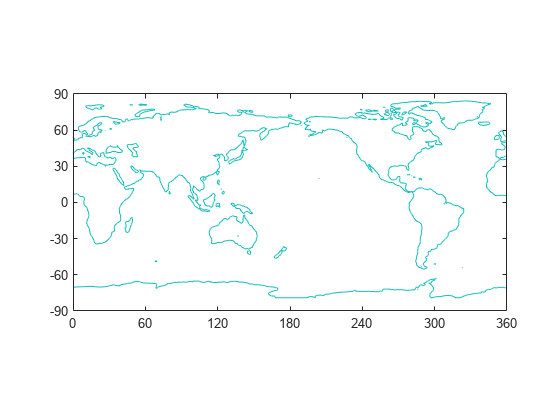
matlab, contour